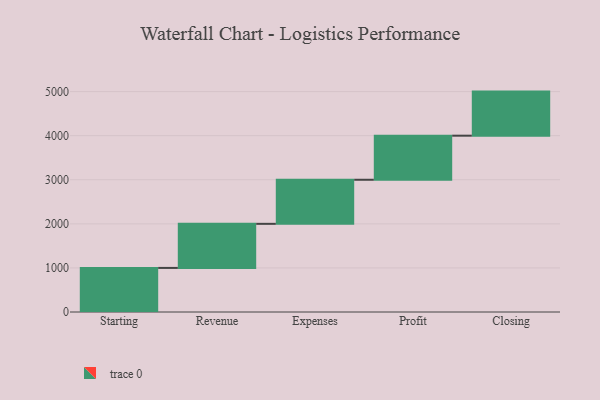
{"axis": {"x": "Step", "y": "Value"}, "legend": [""], "data": [{"x": "Starting", "y": 1000, "type": ""}, {"x": "Revenue", "y": 1000, "type": ""}, {"x": "Expenses", "y": 1000, "type": ""}, {"x": "Profit", "y": 1000, "type": ""}, {"x": "Closing", "y": 1000, "type": ""}]}